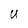
Character: U